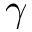
\gamma